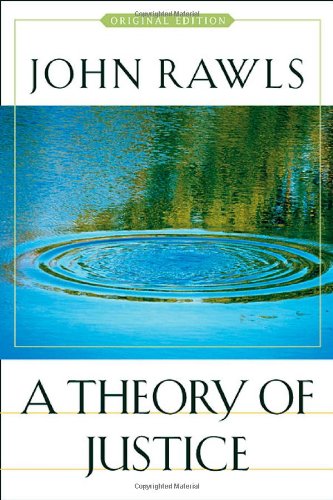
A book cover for A Theory of Justice: Original Edition (Oxford Paperbacks 301 301); John Rawls; Law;